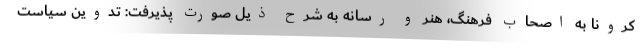
کرونا به اصحاب فرهنگ، هنر و رسانه به شرح ذیل صورت پذیرفت: تدوین سیاست